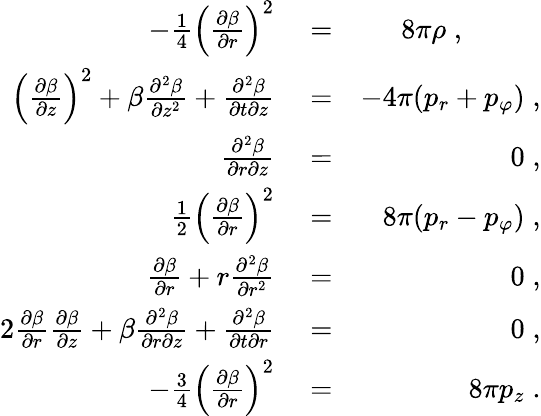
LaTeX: \begin{array}{rlr}{-\frac{1}{4}\left(\frac{\partial\beta}{\partial r}\right)^{2}}&{{}=}&{8\pi\rho\; ,\; \; \; \; \; \; \; \; \; \; }\\ {\left(\frac{\partial\beta}{\partial z}\right)^{2}+\beta\frac{\partial^{2}\beta}{\partial z^{2}}+\frac{\partial^{2}\beta}{\partial t\partial z}}&{{}=}&{-4\pi(p_{r}+p_{\varphi})\; ,}\\ {\frac{\partial^{2}\beta}{\partial r\partial z}}&{{}=}&{0\; ,}\\ {\frac{1}{2}\left(\frac{\partial\beta}{\partial r}\right)^{2}}&{{}=}&{8\pi(p_{r}-p_{\varphi})\; ,}\\ {\frac{\partial\beta}{\partial r}+r\frac{\partial^{2}\beta}{\partial r^{2}}}&{{}=}&{0\; ,}\\ {2\frac{\partial\beta}{\partial r}\frac{\partial\beta}{\partial z}+\beta\frac{\partial^{2}\beta}{\partial r\partial z}+\frac{\partial^{2}\beta}{\partial t\partial r}}&{{}=}&{0\; ,}\\ {-\frac{3}{4}\left(\frac{\partial\beta}{\partial r}\right)^{2}}&{{}=}&{8\pi p_{z}\; .}\end{array}